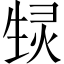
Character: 𬎶